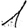
Digit: 1